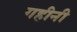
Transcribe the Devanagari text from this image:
गहीनी